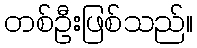
တစ်ဦးဖြစ်သည်။